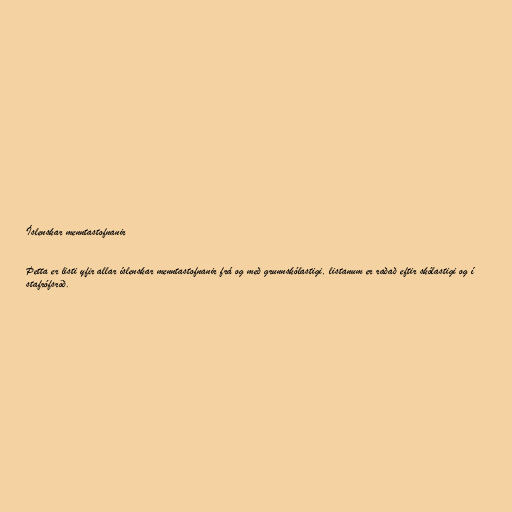
Íslenskar menntastofnanir

Þetta er listi yfir allar íslenskar menntastofnanir frá og með grunnskólastigi, listanum er raðað eftir skólastigi og í
stafrófsröð.